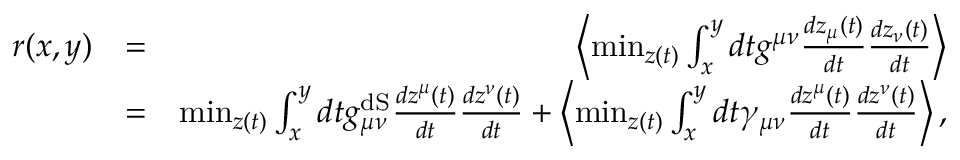
\begin{array} { r l r } { r ( x , y ) } & { = } & { \left\langle \operatorname* { m i n } _ { z ( t ) } \int _ { x } ^ { y } d t g ^ { \mu \nu } \frac { d z _ { \mu } ( t ) } { d t } \frac { d z _ { \nu } ( t ) } { d t } \right\rangle } \\ & { = } & { \operatorname* { m i n } _ { z ( t ) } \int _ { x } ^ { y } d t g _ { \mu \nu } ^ { \mathrm { d S } } \frac { d z ^ { \mu } ( t ) } { d t } \frac { d z ^ { \nu } ( t ) } { d t } + \left\langle \operatorname* { m i n } _ { z ( t ) } \int _ { x } ^ { y } d t \gamma _ { \mu \nu } \frac { d z ^ { \mu } ( t ) } { d t } \frac { d z ^ { \nu } ( t ) } { d t } \right\rangle , } \end{array}